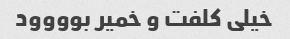
خیلی کلفت و خمیر بوووود